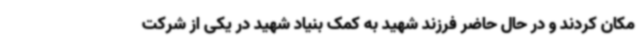
مکان کردند و در حال حاضر فرزند شهید به کمک بنیاد شهید در یکی از شرکت